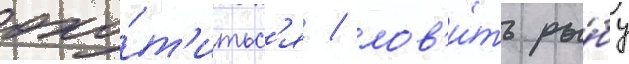
охо́т'итьс'я / лов'и́ть ры́бу